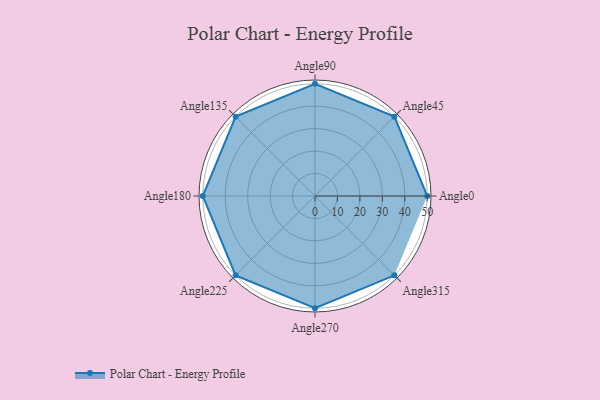
{"axis": {"x": "Angle", "y": "Radius"}, "legend": [""], "data": [{"x": "Angle0", "y": 50, "type": ""}, {"x": "Angle45", "y": 50, "type": ""}, {"x": "Angle90", "y": 50, "type": ""}, {"x": "Angle135", "y": 50, "type": ""}, {"x": "Angle180", "y": 50, "type": ""}, {"x": "Angle225", "y": 50, "type": ""}, {"x": "Angle270", "y": 50, "type": ""}, {"x": "Angle315", "y": 50, "type": ""}]}